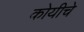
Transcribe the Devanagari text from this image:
कोयीचे